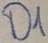
Text: D1